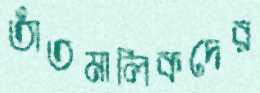
তাঁতমালিকদের